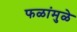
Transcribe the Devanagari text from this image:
फळांमुळे